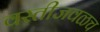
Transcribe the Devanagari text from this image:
वस्तीजवळच